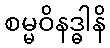
စမ္မဝိနဒ္ဓါနိ